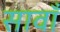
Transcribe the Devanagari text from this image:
सावाँ